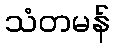
သံတမန်